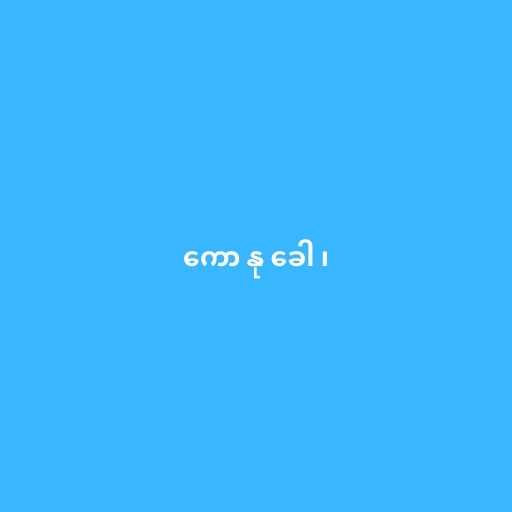
ကော နု ခေါ ၊